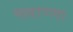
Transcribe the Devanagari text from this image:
मल्लाण्णा